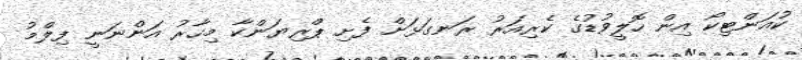
ކުއަންޓިކޯ އިން ހޮލީވުޑުގެ ކެރިއަރު ރަނގަޅަށް ފެށި ޕްރިޔަންކާ މިހާރު އަންނަނީ ފިލްމު